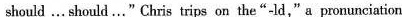
should … should …" Chris trips on the "-ld ,"a pronunciation